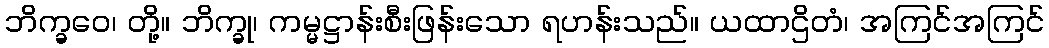
ဘိက္ခဝေ၊ တို့။ ဘိက္ခု၊ ကမ္မဋ္ဌာန်းစီးဖြန်းသော ရဟန်းသည်။ ယထာဌိတံ၊ အကြင်အကြင်